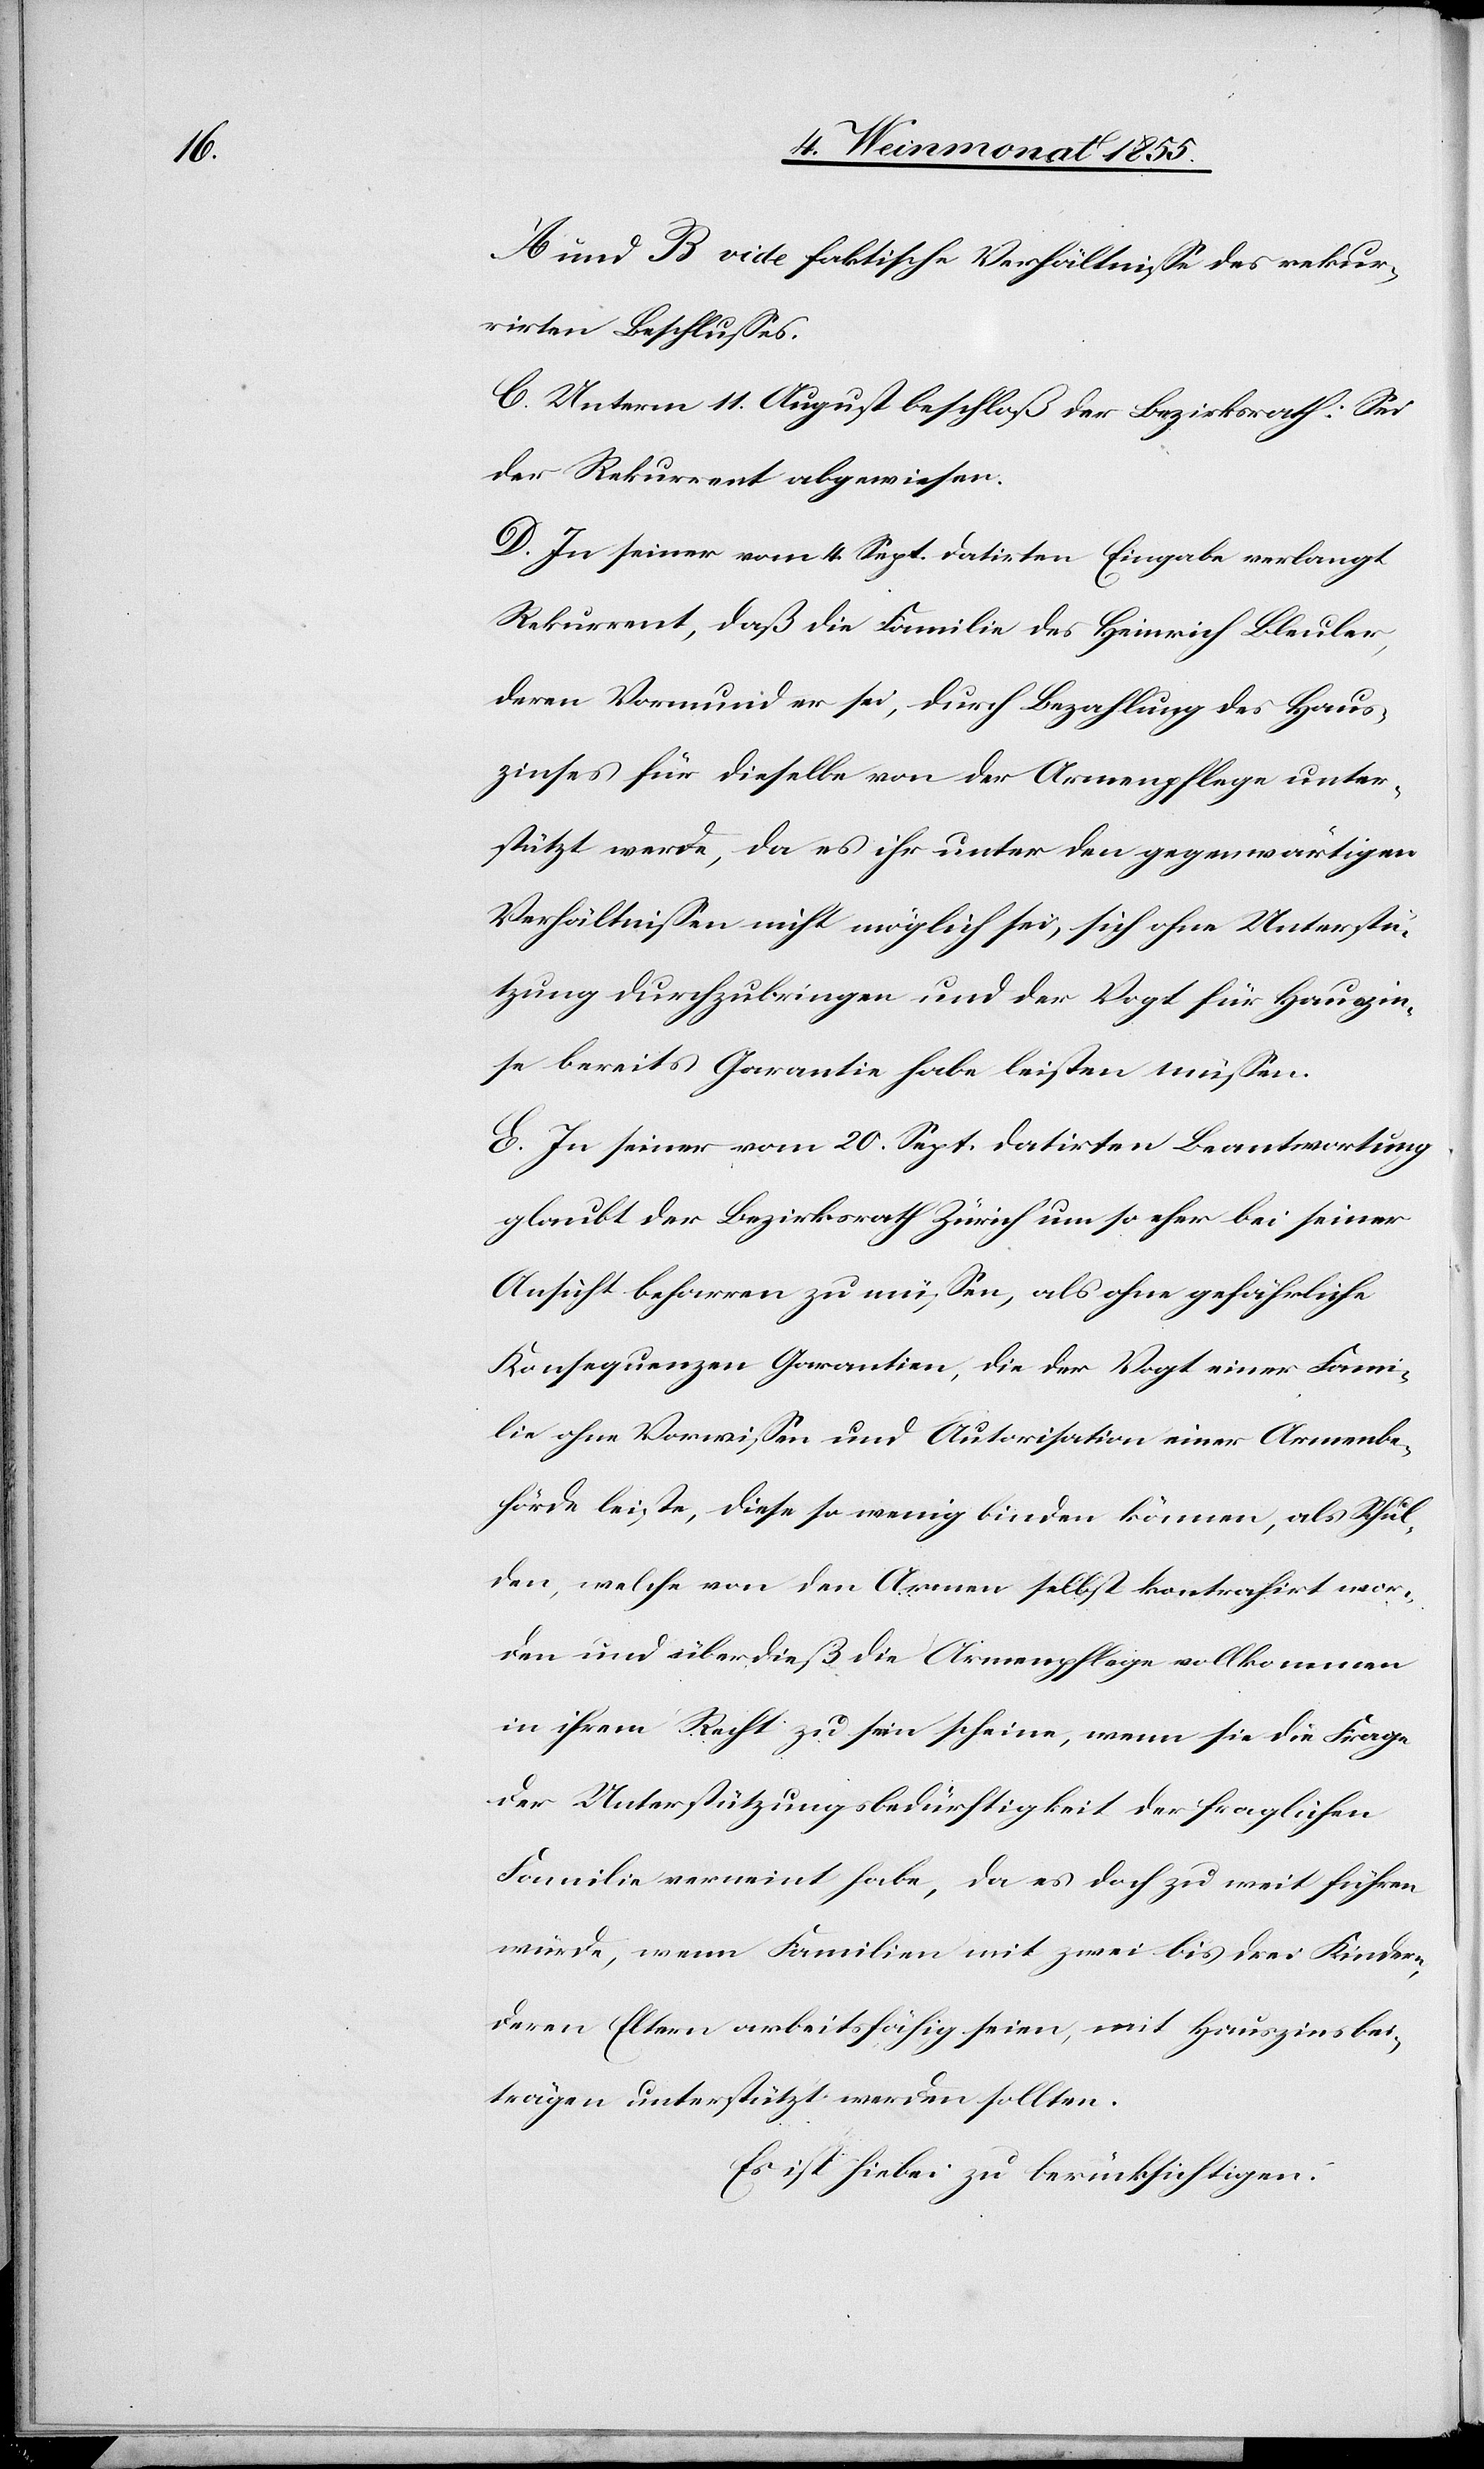
A und B vide faktische Verhältnisse des rekur¬
rirten Beschlusses.
C. Unterm 11. August beschloß der Bezirksrath: Sei
der Rekurrent abgewiesen.
D. In seiner vom 4. Sept. datirten Eingabe verlangt
Rekurrent, daß die Familie des Heinrich Bleuler,
deren Vormund er sei, durch Bezahlung des Haus¬
zinses für dieselbe von der Armenpflege unter¬
stützt werde, da es ihr unter den gegenwärtigen
Verhältnissen nicht möglich sei, sich ohne Unterstü¬
tzung durchzubringen und der Vogt für Hauszin¬
se bereits Garantie habe leisten müssen.
E. In seiner vom 20. Sept. datirten Beantwortung
glaubt der Bezirksrath Zürich um so eher bei seiner
Ansicht beharren zu müssen, als ohne gefährliche
Konsequenzen Garantien, die der Vogt einer Fami¬
lie ohne Vorwissen und Autorisation einer Armenbe¬
hörde leiste, diese so wenig binden können, als Schul¬
den, welche von den Armen selbst kontrahirt wor¬
den und überdieß die Armenpflege vollkommen
in ihrem Recht zu sein scheine, wenn sie die Frage
der Unterstützungsbedürftigkeit der fraglichen
Familie verneint habe, da es doch zu weit führen
würde, wenn Familien mit zwei bis drei Kindern,
deren Eltern arbeitsfähig seien, mit Hauszinsbei¬
trägen unterstützt werden sollten.
Es ist hiebei zu berücksichtigen: